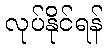
လုပ်နိုင်ရန်